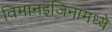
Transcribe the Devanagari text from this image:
विमानइंजिनामध्ये